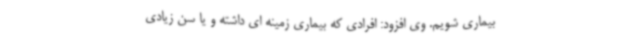
بیماری شویم. وی افزود: افرادی که بیماری زمینه ای داشته و یا سن زیادی